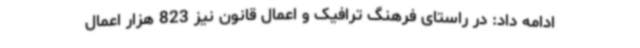
ادامه داد: در راستای فرهنگ ترافیک و اعمال قانون نیز 823 هزار اعمال